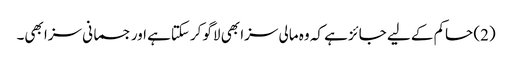
(2) حاکم کے لیے جائز ہے کہ وہ مالی سزا بھی لاگو کرسکتاہے اور جسمانی سزا بھی۔